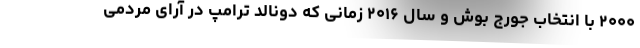
۲۰۰۰ با انتخاب جورج بوش و سال ۲۰۱۶ زمانی که دونالد ترامپ در آرای مردمی